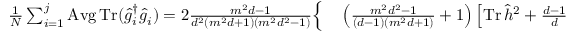
\begin{array} { r l } { \textstyle \frac { 1 } { N } \sum _ { i = 1 } ^ { j } \operatorname { A v g } \operatorname { T r } ( \hat { g } _ { i } ^ { \dag } \hat { g } _ { i } ) = 2 \frac { m ^ { 2 } d - 1 } { d ^ { 2 } ( m ^ { 2 } d + 1 ) ( m ^ { 2 } d ^ { 2 } - 1 ) } \Big \{ } & { { } \textstyle \left( \frac { m ^ { 2 } d ^ { 2 } - 1 } { ( d - 1 ) ( m ^ { 2 } d + 1 ) } + 1 \right) \left[ \operatorname { T r } \hat { h } ^ { 2 } + \frac { d - 1 } { d } \operatorname { T r } ( \operatorname { T r } _ { 1 } ^ { 2 } \hat { h } ) \right] } \end{array}